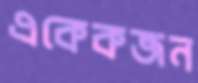
একেকজন